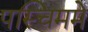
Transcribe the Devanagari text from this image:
पस्चिममे